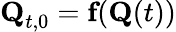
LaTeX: \textbf{Q}_{t,0}=\textbf{f}(\textbf{Q}(t))